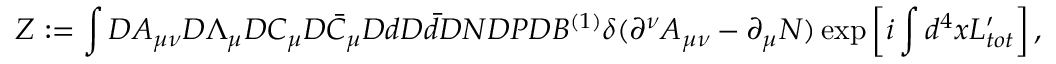
Z : = \int { \cal D } A _ { \mu \nu } { \cal D } \Lambda _ { \mu } { \cal D } C _ { \mu } { \cal D } \bar { C } _ { \mu } { \cal D } d { \cal D } \bar { d } { \cal D } N { \cal D } P { \cal D } B ^ { ( 1 ) } \delta ( \partial ^ { \nu } A _ { \mu \nu } - \partial _ { \mu } N ) \exp \left[ i \int d ^ { 4 } x { \cal L } _ { t o t } ^ { \prime } \right] ,